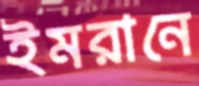
ইমরানে